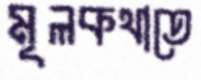
মূলকথাতে